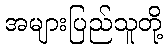
အများပြည်သူတို့